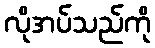
လိုအပ်သည်ကို